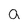
Character: a